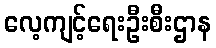
လေ့ကျင့်ရေးဦးစီးဌာန